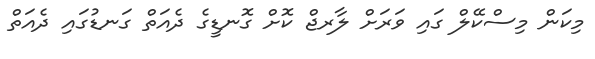
މިކަން މިސްކޭލް ގައި ވަރަށް ލާރޖް ކޮށް ގޮނޑީގެ ދެއަތް ގަނޑުގައި ދެއަތް